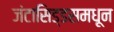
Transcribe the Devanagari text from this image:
जंटासिड्डसमधून